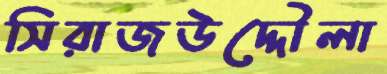
সিরাজউদ্দৌলা